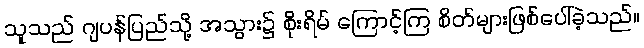
သူသည် ဂျပန်ပြည်သို့ အသွား၌ စိုးရိမ် ကြောင့်ကြ စိတ်များဖြစ်ပေါ်ခဲ့သည်။